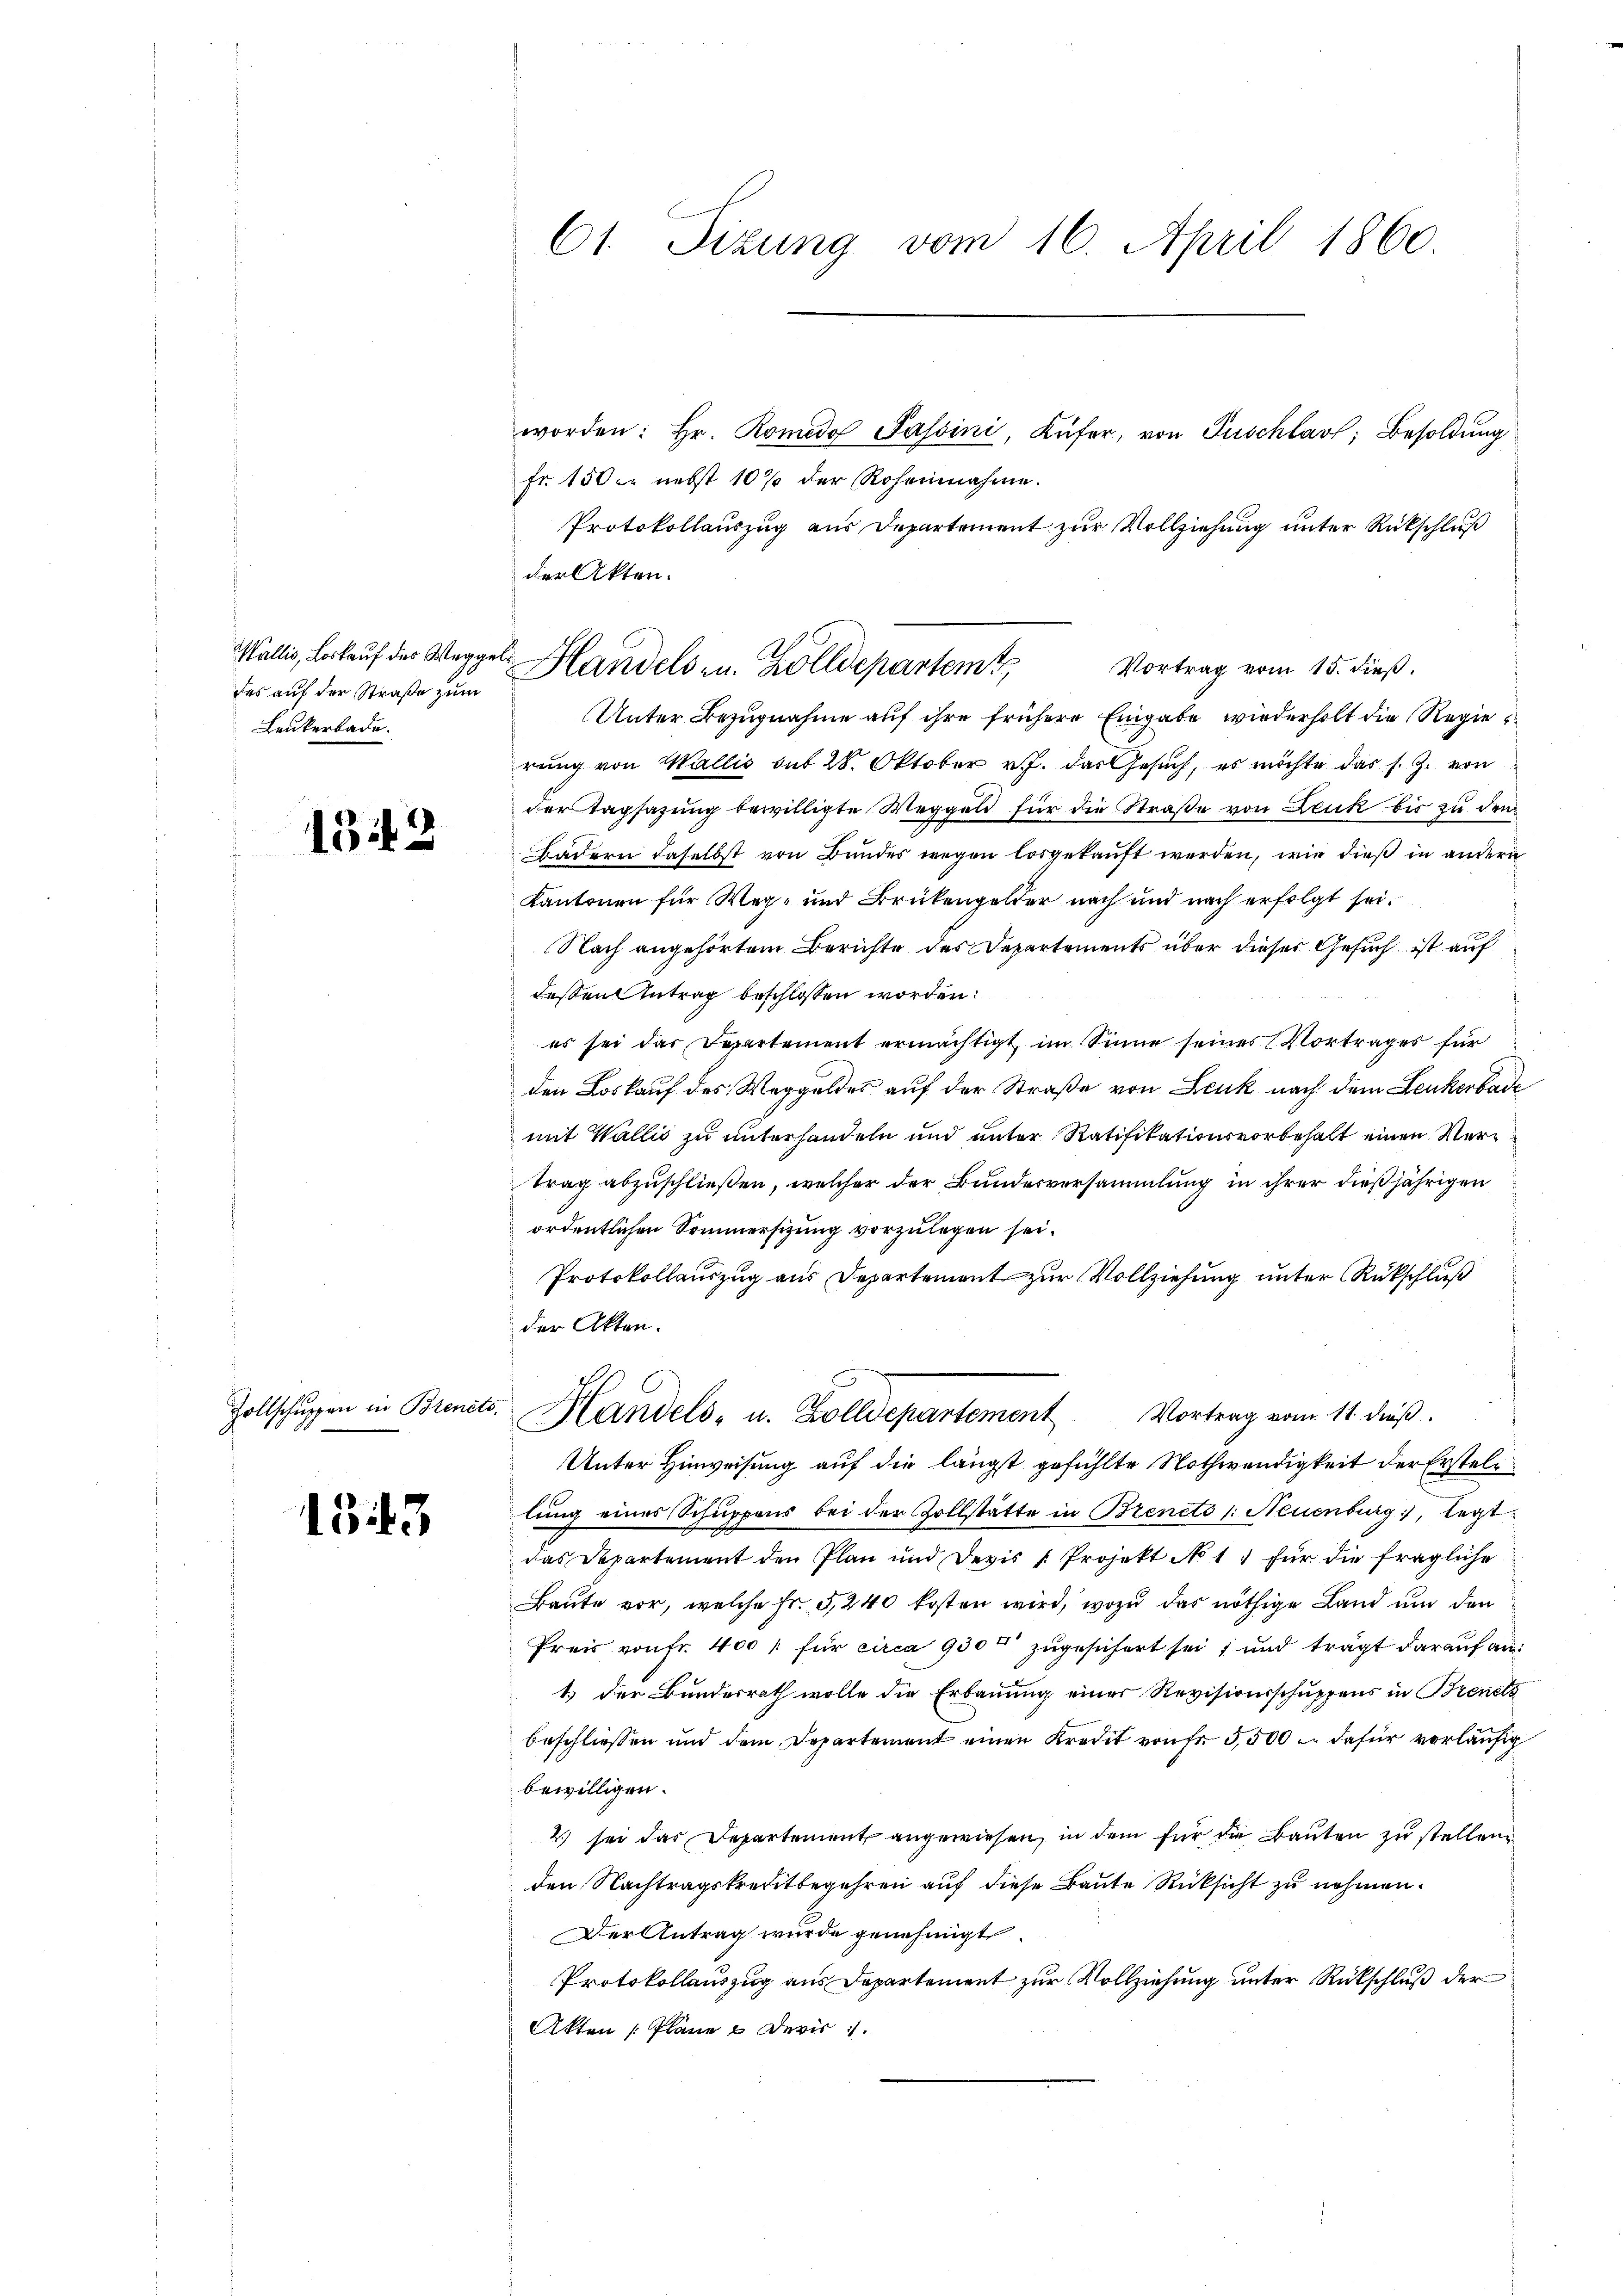
Wallis, Loskauf des Weggeli
des auf der Straße zum
Leukerbade.

133

Zollschuppen in Brente

1343

61. Sizung vom 16. April 1860.

worden: hr. Romedo Passini, Küfer, von Puschlav; Besoldung
fr. 150. nebst 10% der Roheinahme.
Protokollauszug aus Departement zur Vollziehung unter Rückschluß
der Akten.
rung von Wallis sub 28. Oktober v. J. das Gesuch, es möchte das s. Z. von
der Tagsazung bewilligte Weggeld für die Straße von Leuk bis zu den
Badern daselbst von Bundes wegen losgekauft werden, wie dieß in andern
Kantonen für Weg- und Brükengelder nach und nach erfolgt sei.
Nach angehörtem Berichte des Departements über dieser Gesuch ist auf
dessen Antrag beschlossen worden:
es sei das Departement ermächtigt, im Sinne seines Vortrages für
den Loskauf des Weggeldes auf der Straße von Leuk nach dem Leukerbade
mit Wallis zu unterhandeln und unter Ratifikationsvorbehalt einen Vertrag abzuschließen, welcher der Bundesversammlung in ihrer dießjährigen
ordentlichen Sommersitzung vorzulegen sei.
Protokollauszug aus Departement zur Vollziehung unter Rückschluß
der Akten.
v. Handels- u. Zolldepartement Vortrag vom 11. dieβ.
Unter Hinweisung auf die längst gefühlte Nothwendigkeit der Erstellung eines Schuppens bei der Zollstätte in Brencto /: Neuenburg, legt
das Departement den Plan und Devis Projekt No 1. für die fragliche
Baute vor, welche Fr. 5240 kosten wird, wozu das nöthige Land und den
Preis von fr. 400 l. für circa 930 zugesichert sei, und trägt darauf an:
1 der Bundesrath wolle die Erbauung einer Revisionsschuppens in Brente
beschliessen und dem Departement einen Kredit von fr 5,500 u. dafür vorläufig
bewilligen.
2) sei das Departement angewiesen, in dem für die Bauten zu stellen,
den Nachtragskreditbegehren auf diese Baute Rücksicht zu nehmen.
Der Antrag wurde genehmigt.
Protokollauszug aus Departement zur Vollziehung unter Rückschluß der
Akten Pläne & Devis

Handels- u. Zolldepartemt,
Unter Bezugnahme auf ihre frühere Eingabe wiederholt die Regie

Vortrag vom 15. dieß.